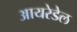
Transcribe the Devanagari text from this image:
आयरेडेल